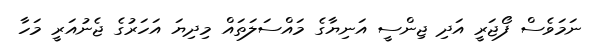
ނަމަވެސް ފޯޖަރީ އަދި ޖިންސީ އަނިޔާގެ މައްސަލަތައް މިދިޔަ އަހަރުގެ ޖެނުއަރީ މަހާ